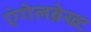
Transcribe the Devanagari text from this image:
एंगेलब्रेख्ट